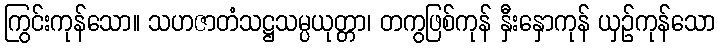
ကြွင်းကုန်သော။ သဟဇာတံသဋ္ဌသမ္ပယုတ္တာ၊ တကွဖြစ်ကုန် နှီးနှောကုန် ယှဉ်ကုန်သော